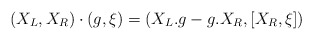
\begin{align*}(X_L,X_R)\cdot (g,\xi)=(X_L .g -g.X_R,[X_R,\xi])\end{align*}